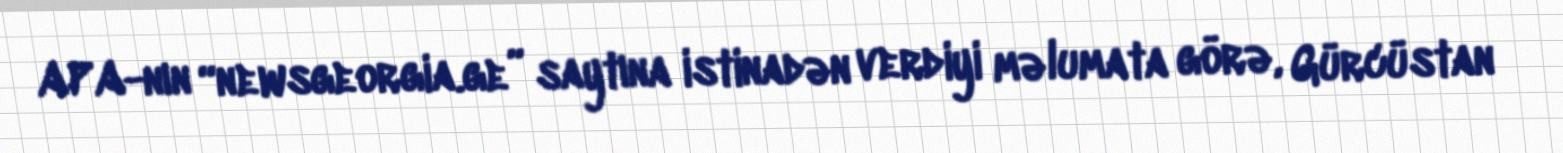
APA-nın “newsgeorgia.ge” saytına istinadən verdiyi məlumata görə, Gürcüstan